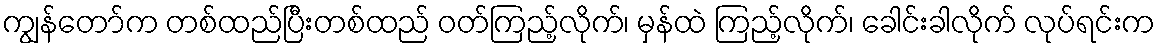
ကျွန်တော်က တစ်ထည်ပြီးတစ်ထည် ဝတ်ကြည့်လိုက်၊ မှန်ထဲ ကြည့်လိုက်၊ ခေါင်းခါလိုက် လုပ်ရင်းက